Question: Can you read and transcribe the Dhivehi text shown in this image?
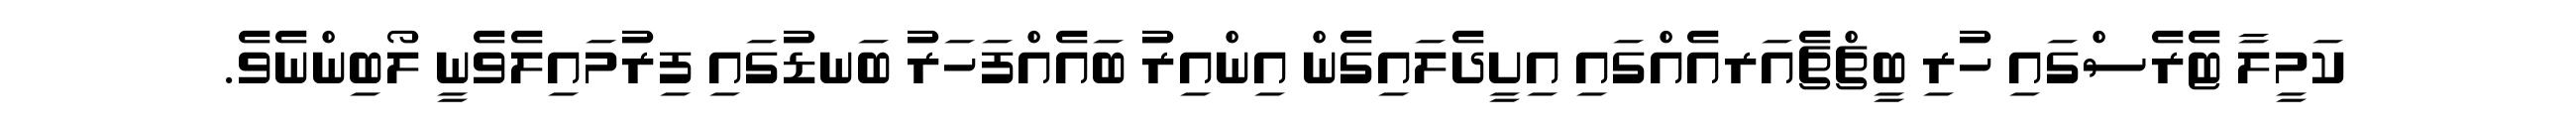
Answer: ކަމީލާ ޓެރެސްގައި ހުރި ބީޗްޗެއަރއެއްގައި އިށީދެލައިގެން އިންއިރު ބައެއްފަހަރު ބަނޑުގައި ފިރުމައިލެވެނީ ލޯބިންނެވެ.